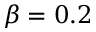
\beta = 0 . 2